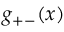
g _ { + - } ( x )